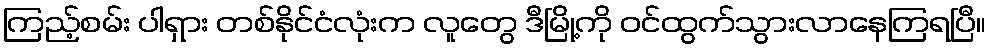
ကြည့်စမ်း ပါရှား တစ်နိုင်ငံလုံးက လူတွေ ဒီမြို့ကို ဝင်ထွက်သွားလာနေကြရပြီ။